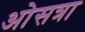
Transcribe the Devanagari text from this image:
ओसत्रा